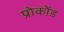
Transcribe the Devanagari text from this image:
प्रोकोंड